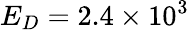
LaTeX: E_{D}=2.4\times 10^{3}